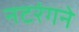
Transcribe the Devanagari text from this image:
नटरंगने